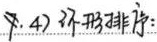
（4）环形排列：